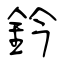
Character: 鈐